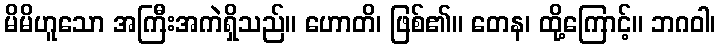
မိမိဟူသော အကြီးအကဲရှိသည်။ ဟောတိ၊ ဖြစ်၏။ တေန၊ ထို့ကြောင့်။ ဘဂဝါ၊